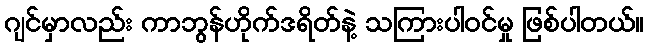
ဂျင်မှာလည်း ကာဘွန်ဟိုက်ဒရိတ်နဲ့ သကြားပါဝင်မှု ဖြစ်ပါတယ်။